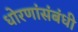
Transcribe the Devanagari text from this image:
धोरणांसंबंधी